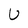
Character: U